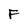
Character: F